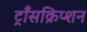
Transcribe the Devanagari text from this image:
ट्राँसक्रिप्शन